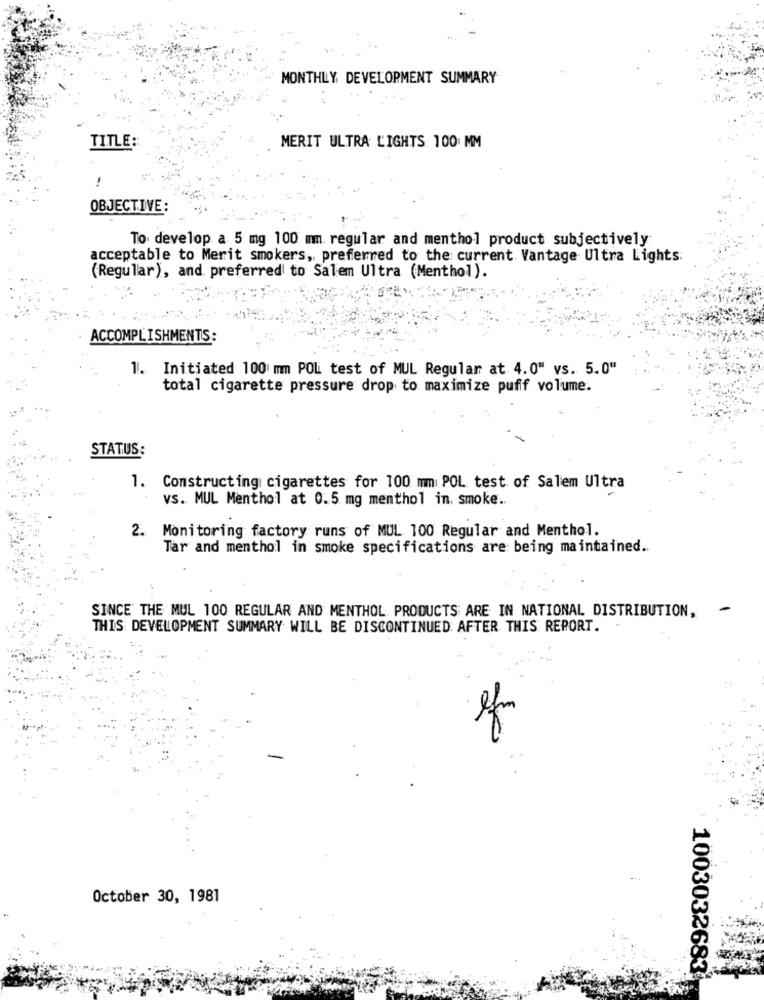
MONTHLY DEVELOPMENT SUMMARY
TITLE:
MERIT ULTRA LIGHTS 100 MM
OBJECTIVE:
To develop a 5 mg 100 mm. regular and menthol product subjectively
acceptable to Merit smokers, preferred to the current Vantage Ultra Lights
(Regular), and preferred to Salem Ultra (Menthol).
ACCOMPLISHMENTS:
1. Initiated 100 mm POL test of MUL Regular at 4.0" vs. 5.0"
total cigarette pressure drop to maximize puff volume.
STATUS:
1. Constructing cigarettes for 100 mm POL test of Salem Ultra
vs. MUL Menthol at 0.5 mg menthol in. smoke ..
2.
Monitoring factory runs of MUL 100 Regular and Menthol.
Tar and menthol in smoke specifications are being maintained ..
SINCE THE MUL 100 REGULAR AND MENTHOL PRODUCTS ARE IN NATIONAL DISTRIBUTION,
-
THIS DEVELOPMENT SUMMARY WILL BE DISCONTINUED: AFTER THIS REPORT.
October 30, 1981
1003032683